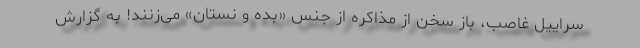
سرایٔیل غاصب، باز سخن از مذاکره از جنس «بده و نستان» می‌زنند! به گزارش